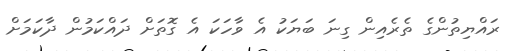
ރައްޔިތުންގެ ތެރެއިން ގިނަ ބަޔަކު އެ ވާހަކަ އެ ގޮތަށް ދައްކަމުން ދާކަމަށް